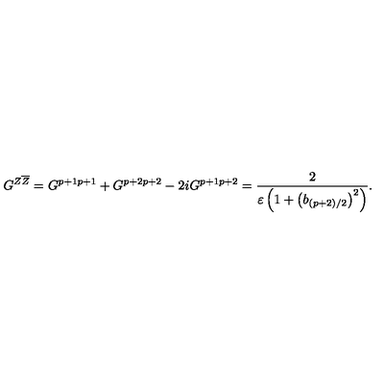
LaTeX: G ^ { Z \overline { { Z } } } = G ^ { p + 1 p + 1 } + G ^ { p + 2 p + 2 } - 2 i G ^ { p + 1 p + 2 } = \frac { 2 } { \varepsilon \left( 1 + \left( b _ { ( p + 2 ) / 2 } \right) ^ { 2 } \right) } .